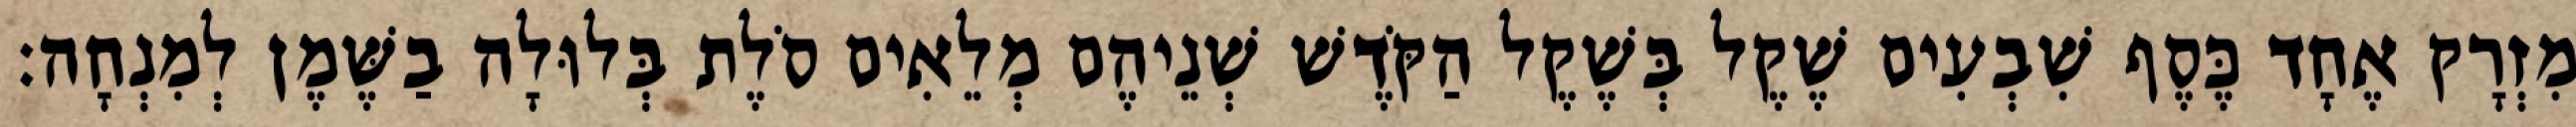
מִזְרָק אֶחָד כֶּסֶף שִׁבְעִים שֶׁקֶל בְּשֶׁקֶל הַקֹּדֶשׁ שְׁנֵיהֶם מְלֵאִים סֹלֶת בְּלוּלָה בַשֶּׁמֶן לְמִנְחָה׃